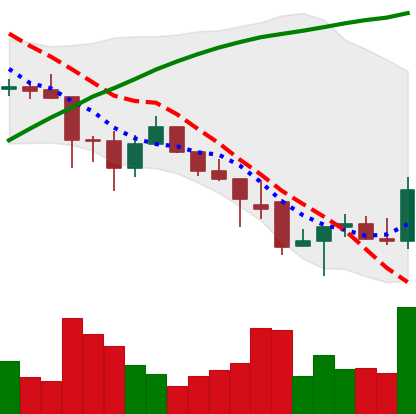
Ticker: ADA-USD
Chart end date: 2021-12-02
Forward return: -19.4375%
Label: down_7plus